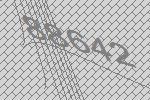
88642